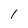
Character: 1